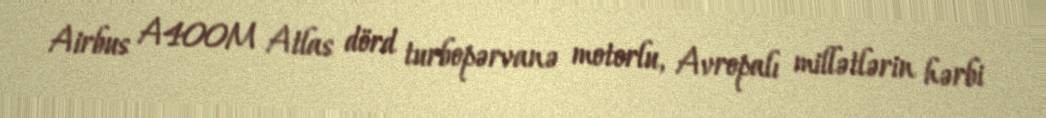
Airbus A400M Atlas dörd turbopərvanə motorlu, Avropalı millətlərin hərbi